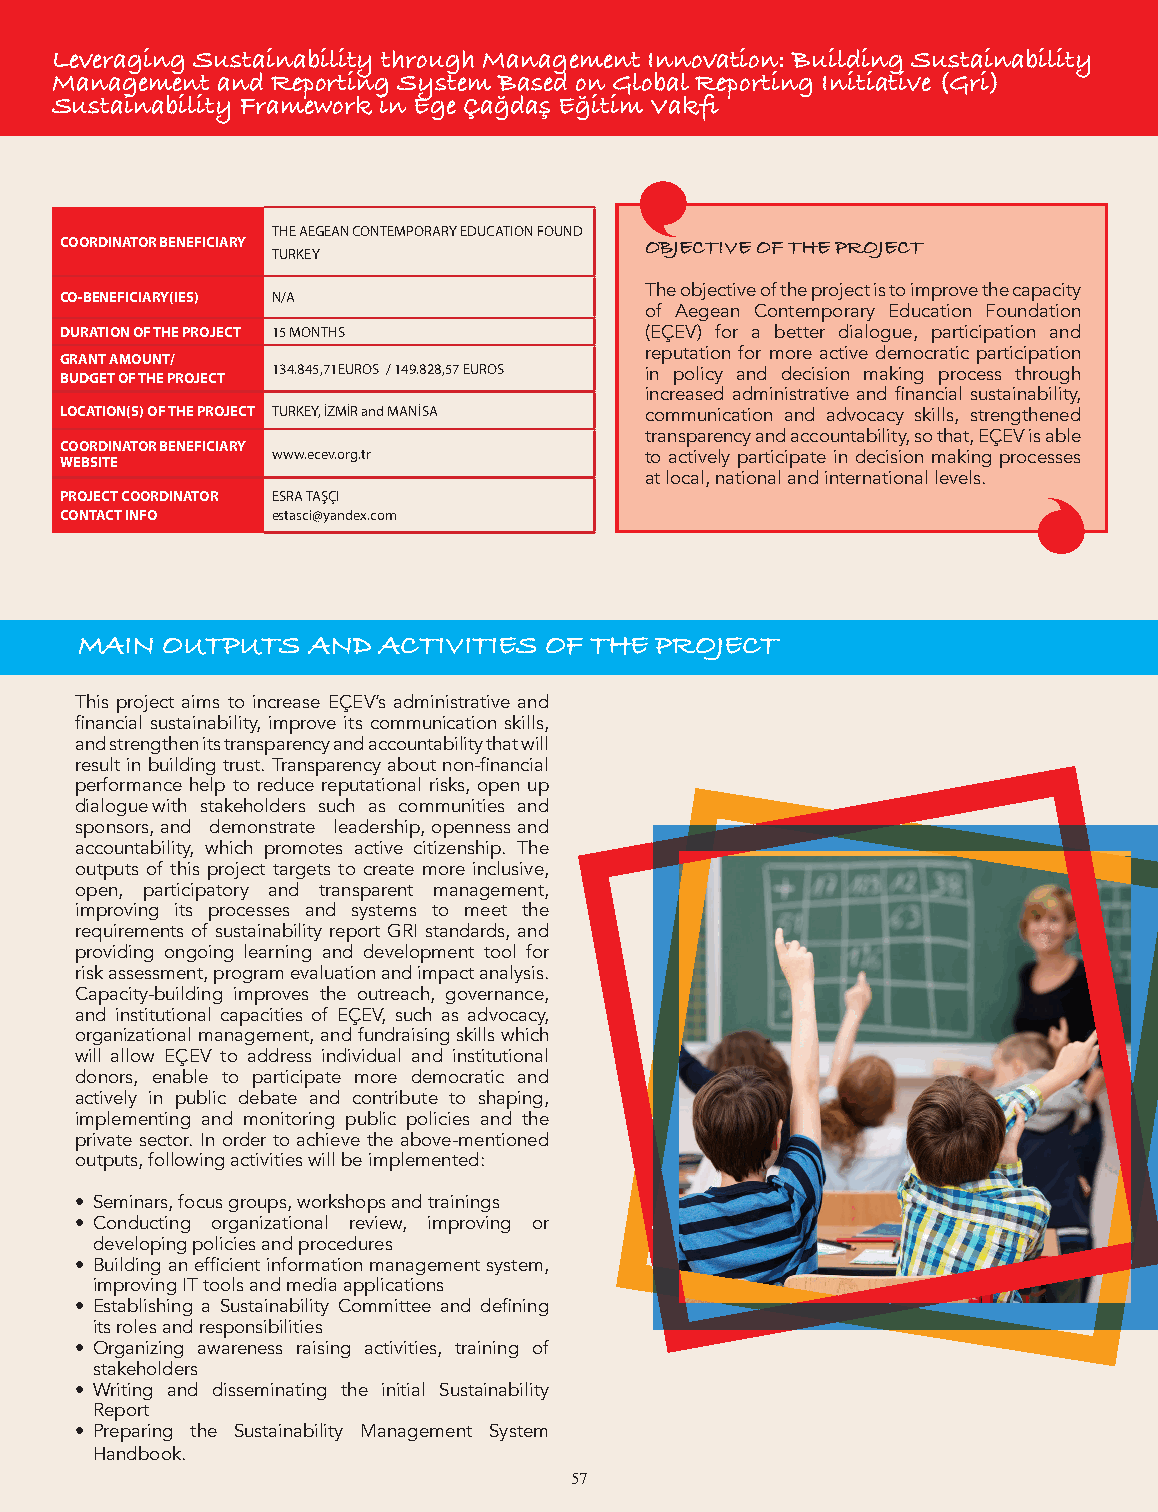
Leveraging Sustainability through Management Innovation: Building Sustainability
 Stronger Civil Society for Involved Fatherhood Management and Reporting System Based on Global Reporting Initiative (Gri)
 Sustainability Framework in Ege Çağdaş Eğitim Vakfi
 THE AEGEAN CONTEMPORARY EDUCATION FOUND
 COORDINATOR BENEFICIARY                OBJECTIVE OF THE PROJECT
 TURKEY
 The objective of the project is to improve the capacity
 CO-BENEFICIARY(IES) N/A
 of Aegean Contemporary Education Foundation
 DURATION OF THE PROJECT 15 MONTHS      (EÇEV) for a better dialogue, participation and
 reputation for more active democratic participation
 GRANT AMOUNT/
 BUDGET OF THE PROJECT 134.845,71EUROS / 149.828,57 EUROS in policy and decision making process through
 increased administrative and financial sustainability,
 LOCATION(S) OF THE PROJECT TURKEY, İZMİR and MANİSA communication and advocacy skills, strengthened
 transparency and accountability, so that, EÇEV is able
 COORDINATOR BENEFICIARY
 www.ecev.org.tr          to actively participate in decision making processes
 WEBSITE
 at local, national and international levels.
 PROJECT COORDINATOR ESRA TAŞÇI
 CONTACT INFO  estasci@yandex.com
 MAIN OUTPUTS AND ACTIVITIES OF THE PROJECT MAIN OUTPUTS AND ACTIVITIES OF THE PROJECT
 This project aims to increase EÇEV’s administrative and
 financial sustainability, improve its communication skills,
 and strengthen its transparency and accountability that will
 result in building trust. Transparency about non-financial
 performance help to reduce reputational risks, open up
 dialogue with stakeholders such as communities and
 sponsors, and demonstrate leadership, openness and
 accountability, which promotes active citizenship. The
 outputs of this project targets to create more inclusive,
 open, participatory and transparent management,
 improving its processes and systems to meet the
 requirements of sustainability report GRI standards, and
 providing ongoing learning and development tool for
 risk assessment, program evaluation and impact analysis.
 Capacity-building improves the outreach, governance,
 and institutional capacities of EÇEV, such as advocacy,
 organizational management, and fundraising skills which
 will allow EÇEV to address individual and institutional
 donors, enable to participate more democratic and
 actively in public debate and contribute to shaping,
 implementing and monitoring public policies and the
 private sector. In order to achieve the above-mentioned
 outputs, following activities will be implemented:
 • Seminars, focus groups, workshops and trainings
 • Conducting organizational review, improving or
 developing policies and procedures
 • Building an efficient information management system,
 improving IT tools and media applications
 • Establishing a Sustainability Committee and defining
 its roles and responsibilities
 • Organizing awareness raising activities, training of
 stakeholders
 • Writing and disseminating the initial Sustainability
 Report
 • Preparing the Sustainability Management System
 Handbook.
 57